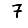
Digit: 7